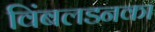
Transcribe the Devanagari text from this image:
विंबलडनका